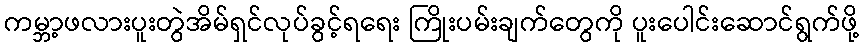
ကမ္ဘာ့ဖလားပူးတွဲအိမ်ရှင်လုပ်ခွင့်ရရေး ကြိုးပမ်းချက်တွေကို ပူးပေါင်းဆောင်ရွက်ဖို့